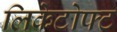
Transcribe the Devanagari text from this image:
लिकेटोफ्ट